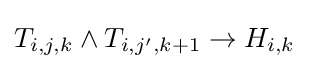
T_{i,j,k}\land T_{i,j',k+1}\rightarrow H_{i,k}